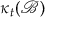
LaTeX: \kappa _ { t } ( { \mathcal { B } } )